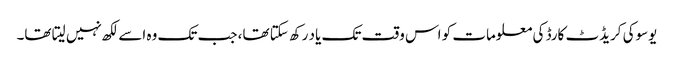
یوسوکی کریڈٹ کارڈ کی معلومات کو اس وقت تک یاد رکھ سکتا تھا، جب تک وہ اسے لکھ نہیں لیتا تھا۔